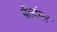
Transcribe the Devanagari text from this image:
बैलांवर